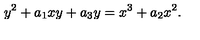
y ^ { 2 } + a _ { 1 } x y + a _ { 3 } y = x ^ { 3 } + a _ { 2 } x ^ { 2 } .